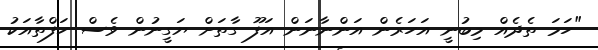
"ހަމަ ތެދެއް މިބުނީ އަހަރެން އަންނާނަން އަފޫ ގާތަށް ޔަގީނުން ވެސް ހަފްތާއަކު